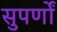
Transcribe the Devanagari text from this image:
सुपर्णों